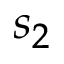
s _ { 2 }